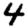
Digit: 4